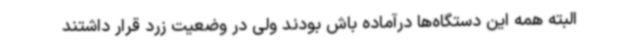
البته همه این دستگاه‌ها درآماده باش بودند ولی در وضعیت زرد قرار داشتند